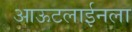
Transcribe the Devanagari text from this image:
आऊटलाईनला